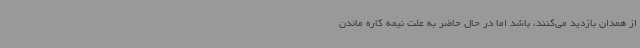
از همدان بازدید می‌کنند، باشد اما در حال حاضر به علت نیمه کاره ماندن